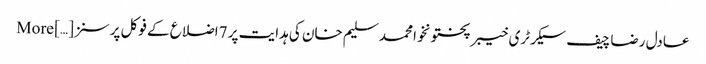
عادل رضا چیف سیکرٹری خیبر پختونخوا محمد سلیم خان کی ہدایت پر 7اضلاع کے فوکل پرسنز […] More